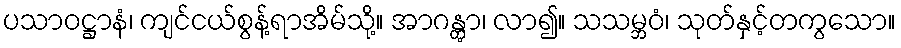
ပသာဝဋ္ဌာနံ၊ ကျင်ငယ်စွန့်ရာအိမ်သို့။ အာဂန္တွာ၊ လာ၍။ သသမ္ဘဝံ၊ သုတ်နှင့်တကွသော။